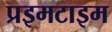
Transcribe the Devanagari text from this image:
प्रइमटाइम